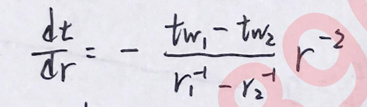
\[
\frac{\mathrm{d}t}{\mathrm{d}r}=-\frac{t_{w_1}-t_{w_2}}{r_1^{-1}-r_2^{-1}}r^{-2}
\]